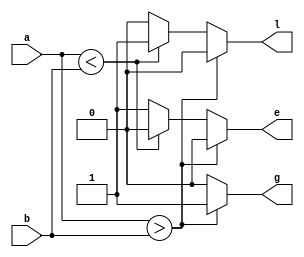
module comparador_gel(
  input [6:0] a,
  input [6:0] b,
  output g, // si a < b => (g,e,l) = (0,0,1)
  output e, // si a = b => (g,e,l) = (0,1,0)
  output l); // si a > b => (g,e,l) = (1,0,0) 
  reg g, e, l;
  always @(a, b)
    begin
      g = 0;
      e = 0;
      l = 0;
      if (a > b)
        g =1;
      else if (a < b)
        l = 1;
      else
        e = 1;
    end
endmodule